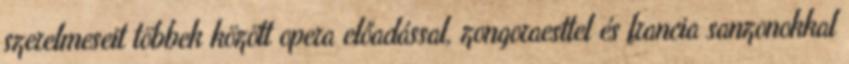
szerelmeseit többek között opera előadással, zongoraesttel és francia sanzonokkal